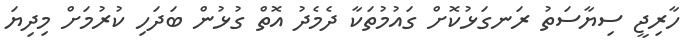
ހާރިޖީ ސިޔާސަތު ރަނގަޅުކޮށް ގައުމުތަކާ ދެމެދު އޮތް ގުޅުން ބަދަހި ކުރުމަށް މިދިޔަ